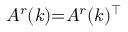
A ^ { r } ( k ) { = } A ^ { r } ( k ) ^ { \top }